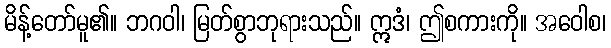
မိန့်တော်မူ၏။ ဘဂဝါ၊ မြတ်စွာဘုရားသည်။ ဣဒံ၊ ဤစကားကို။ အဝေါစ၊